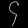
Digit: ၄